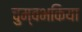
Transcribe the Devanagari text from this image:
चुम्वभकिया